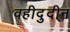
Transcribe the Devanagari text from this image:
वहीदुदीन